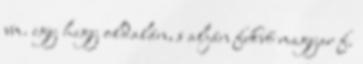
vm. egy hegy oldalán, s alján fekvő magyar f.